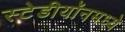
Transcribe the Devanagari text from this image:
स्टेडीयॉनमध्ये